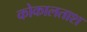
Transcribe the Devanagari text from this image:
कोकालताश